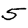
Digit: 5